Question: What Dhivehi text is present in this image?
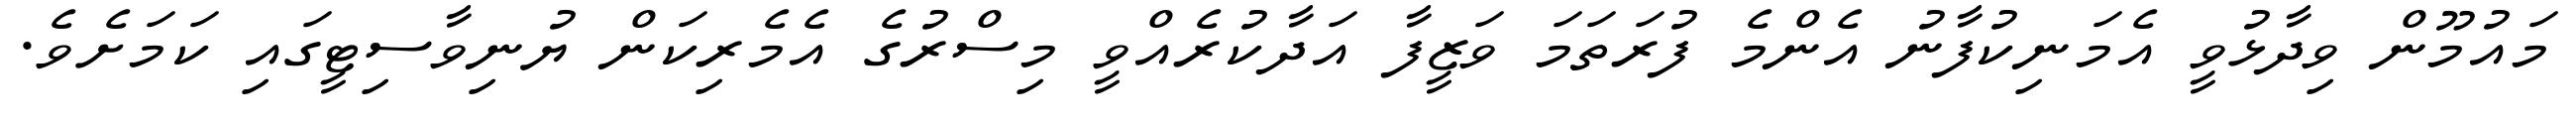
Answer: މައުމޫން ވިދާޅުވީ އެމަނިކުފާނު އެންމެ ފުރަތަމަ ވަޒީފާ އަދާކުރެއްވީ މިސްރުގެ އެމެރިކަން ޔުނިވާސިޓީގައި ކަމަށެވެ.